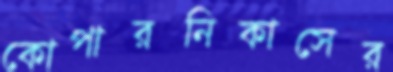
কোপারনিকাসের